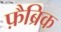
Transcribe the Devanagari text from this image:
फ़ैब्रिक